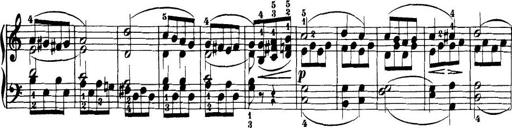
Title: 32 Sonatinas and Rondos for the Piano
Composer: Richard Kleinmichel